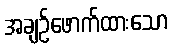
အချဉ်ဖောက်ထားသော